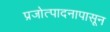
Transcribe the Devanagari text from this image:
प्रजोत्पादनापासून